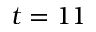
t = 1 1